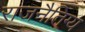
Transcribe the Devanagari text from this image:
राजनैतिग्य